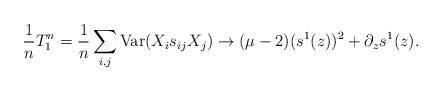
LaTeX: \begin{align*}\frac{1}{n}T^n_1=\frac{1}{n} \sum_{i,j} \mathrm{Var} (X_i s_{ij} X_j )\to (\mu - 2) (s^1(z))^2 + \partial_z s^1(z).\end{align*}